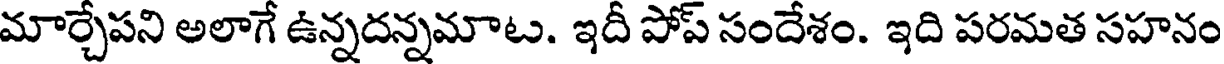
మార్చేపని అలాగే ఉన్నదన్నమాట. ఇదీ పోప్ సందేశం. ఇది పరమత సహనం